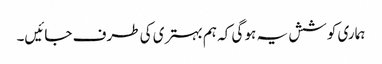
ہماری کوشش یہ ہو گی کہ ہم بہتری کی طرف جائیں۔